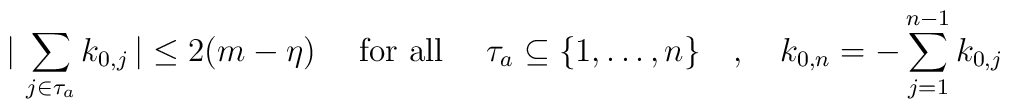
\vert\,\sum_{j\in\tau_{a}}k_{0,j}\,\vert\leq 2(m-\eta)\quad\mbox{ for all }\quad\tau_{a}\subseteq\{1,\ldots,n\}\quad,\quad k_{0,n}=-\sum_{j=1}^{n-1}k_{0,j}